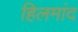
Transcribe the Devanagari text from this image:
हिलमांद